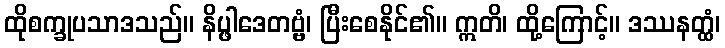
ထိုစက္ခုပသာဒသည်။ နိပ္ဖါဒေတဗ္ဗံ၊ ပြီးစေနိုင်၏။ ဣတိ၊ ထို့ကြောင့်။ ဒဿနတ္ထံ၊